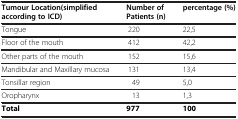
| Tumour Location(simplified according to ICD) | Number of Patients(n) | percentage(%) |
 | --- | --- | --- |
 | Tongue | 220 | 22,5 |
 | Floor of the mouth | 412 | 42,2 |
 | Other parts of the mouth | 152 | 15,6 |
 | Mandibular and Maxillary mucosa | 131 | 13,4 |
 | Tonsillar region | 49 | 5,0 |
 | Oropharynx | 13 | 1,3 |
 | Total | 977 | 100 |